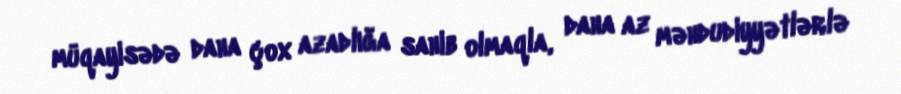
müqayisədə daha çox azadlığa sahib olmaqla, daha az məhdudiyyətlərlə